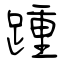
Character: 踵